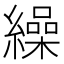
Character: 繰